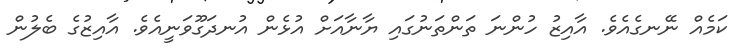
ކަމެއް ނޭނގެއެވެ. އާއިޒު ހުންނަ ތަންތަނުގައި ޔާނާއަށް އުޅެން އުނދަގޫވަނީއެވެ. އާއިޒުގެ ބެލުން